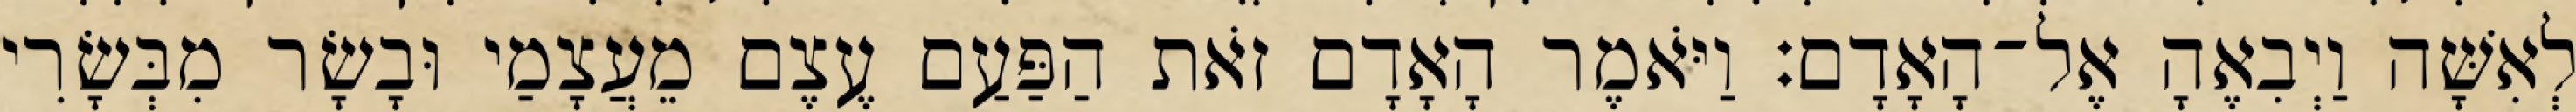
לְאִשָּׁה וַיְבִאֶהָ אֶל־הָאָדָם׃ וַיֹּאמֶר הָאָדָם זֹאת הַפַּעַם עֶצֶם מֵעֲצָמַי וּבָשָׂר מִבְּשָׂרִי